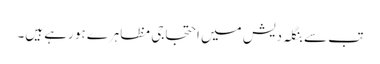
تب سے بنگلہ دیش میں احتجاجی مظاہرے ہو رہے ہیں۔